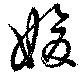
媛